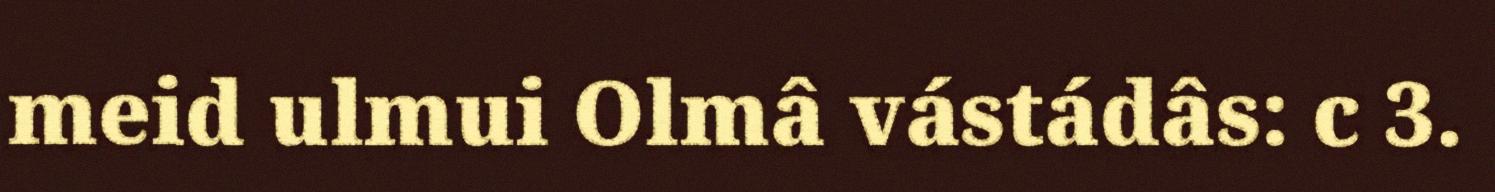
meid ulmui Olmâ vástádâs: c 3.